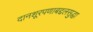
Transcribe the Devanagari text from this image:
दानशूरपणाबद्दलसुद्धा